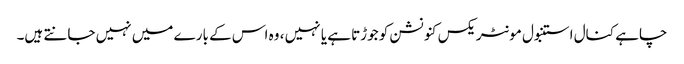
چاہے کنال استنبول مونٹریکس کنونشن کو جوڑتا ہے یا نہیں ، وہ اس کے بارے میں نہیں جانتے ہیں۔